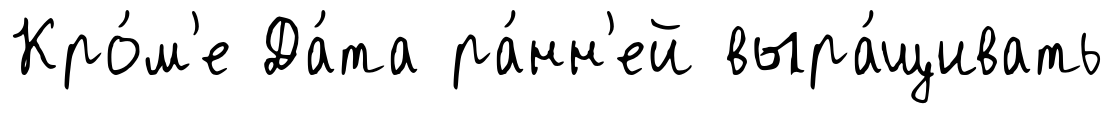
Кро́м'е Да́та ра́нн'ей выра́щивать